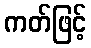
ကတ်ဖြင့်